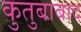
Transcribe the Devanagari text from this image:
कुतुबाबाद